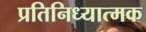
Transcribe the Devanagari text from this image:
प्रतिनिध्यात्मक